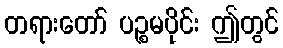
တရားတော် ပဉ္စမပိုင်း ဤတွင်